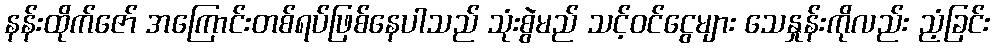
နန်းထိုက်ဇော် အကြောင်းတစ်ရပ်ဖြစ်နေပါသည် သုံးစွဲမည် သင့်ဝင်ငွေများ သေနှုန်းကိုလည်း ညံ့ခြင်း